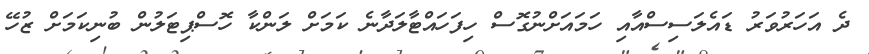
ދެ އަހަރުވަރު ޑައެލަސިސްއާއި ހަމައަށްނުގޮސް ހިފަހައްޓާލަދާނެ ކަމަށް ލަންކާ ހޮސްޕިޓަލުން ބުނިކަމަށް ޒުހޭ